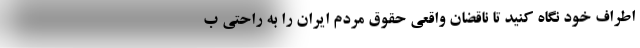
اطراف خود نگاه کنید تا ناقضان واقعی حقوق مردم ایران را به راحتی ب